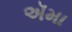
ઍમા